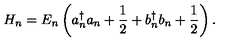
H _ { n } = E _ { n } \left( a _ { n } ^ { \dagger } a _ { n } + \frac { 1 } { 2 } + b _ { n } ^ { \dagger } b _ { n } + \frac { 1 } { 2 } \right) .